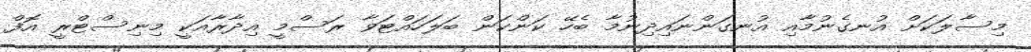
މިސާލަކަށް އުނގެނުމާއި އުނގަންނައިދިނުމާ ބެހޭ ކަންކަން ބަލަހައްޓަވާ ރަސްމީ އިދާރާއަކީ މިނިސްޓްރީ އޮފް